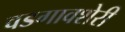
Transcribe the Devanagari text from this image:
वडगावशेरी